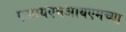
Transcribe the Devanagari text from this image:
एआयएमआयएमच्या